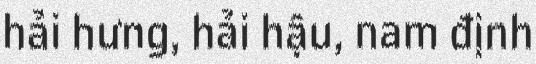
hải hưng, hải hậu, nam định